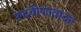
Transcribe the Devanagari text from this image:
रुदवीणावादन